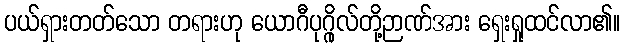
ပယ်ရှားတတ်သော တရားဟု ယောဂီပုဂ္ဂိုလ်တို့ဉာဏ်အား ရှေးရှုထင်လာ၏။